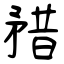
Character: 矠